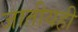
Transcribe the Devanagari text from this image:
जातीयही